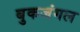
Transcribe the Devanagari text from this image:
बुकजंगल